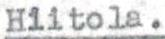
Hiitola.